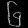
Digit: ၆